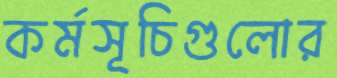
কর্মসূচিগুলোর